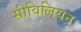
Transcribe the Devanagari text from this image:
सीविलियन